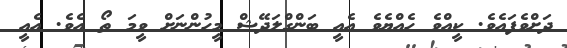
ދަށްވެފައެވެ. ކީއްވެ ހެއްޔެވެ އެއީ ބަންގްލަދޭޝް މީހުންނަށް ވީމަ ތޯ އެވެ. އެއީ